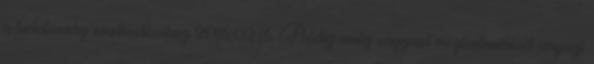
a tudatosság emelkedéséhez 2016.02.16. Addig amíg vágyaid megtestesülését anyagi